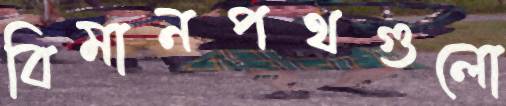
বিমানপথগুলো